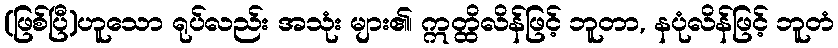
(ဖြစ်ပြီ)ဟူသော ရုပ်လည်း အသုံး များ၏၊ ဣတ္ထိလိန်ဖြင့် ဘူတာ, နပုံလိန်ဖြင့် ဘူတံ